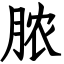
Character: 脓